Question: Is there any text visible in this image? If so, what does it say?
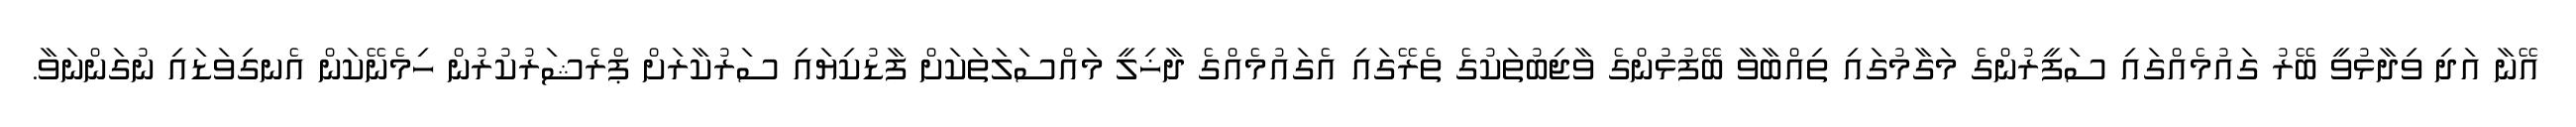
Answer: އޭނާ އަދި ވިދާޅުވީ ބޭރު ގައުމެއްގައި ސަފީރުންގެ މަގާމުގައި ތިއްބާވާ ބޭފުޅުންގެ ވާޖިބުތަކުގެ ތެރޭގައި އެގައުމެއްގެ ދާޚިލީ މައްސަލަތަކަށް ފާޑުކިޔައި ސަރުކާރަށް ޕްރެޝަރުކުރުން ހިމެނޭކަން އެނގިވަޑައި ނުގަންނަވާ.